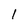
Character: l